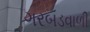
ગરબડવાળી